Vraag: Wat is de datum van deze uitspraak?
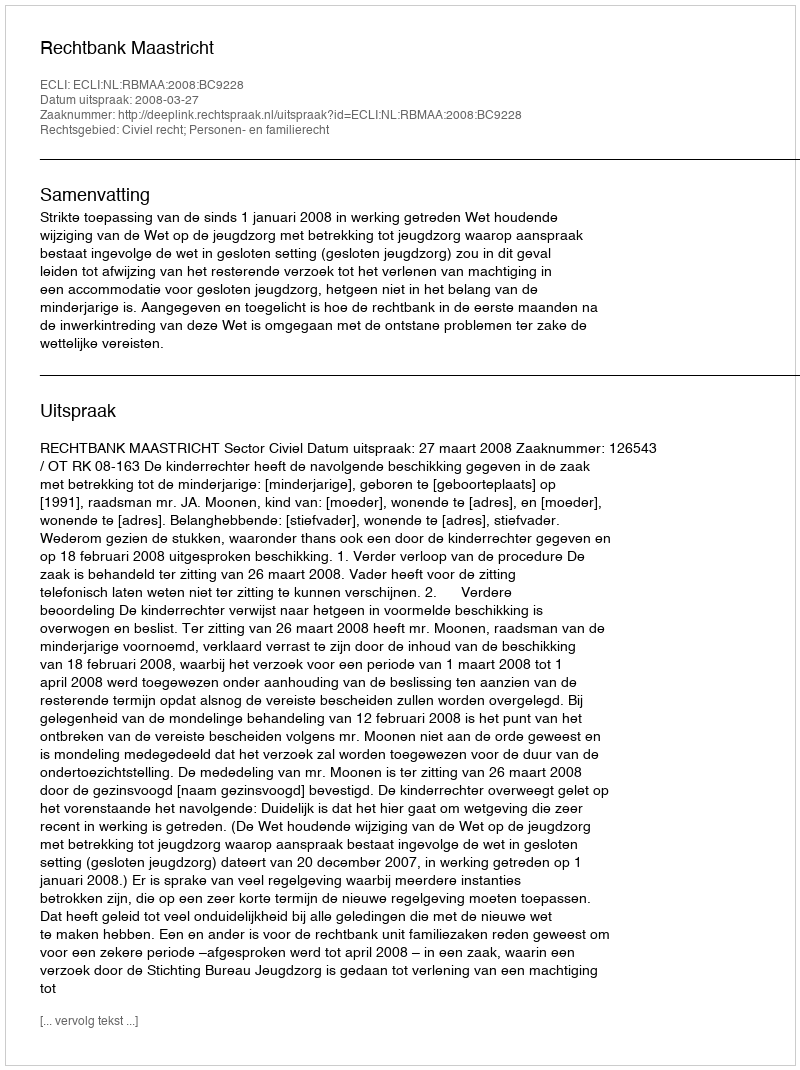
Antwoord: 2008-03-27